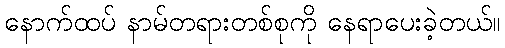
နောက်ထပ် နာမ်တရားတစ်စုကို နေရာပေးခဲ့တယ်။